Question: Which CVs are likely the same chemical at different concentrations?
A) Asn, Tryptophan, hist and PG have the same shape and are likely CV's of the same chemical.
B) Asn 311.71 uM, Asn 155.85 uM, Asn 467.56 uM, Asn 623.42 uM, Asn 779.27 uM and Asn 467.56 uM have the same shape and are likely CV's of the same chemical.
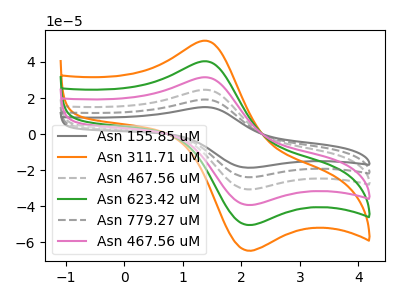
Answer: <think>The gray curve "Asn 155.85 uM" has an anodic peak at (1.35V, 202.10uA) and a cathodic peak at (2.05V, -250.60uA). The orange curve "Asn 311.71 uM" has an anodic peak at (1.35V, 51.85uA) and a cathodic peak at (2.05V, -64.25uA). The gray dashed curve "Asn 467.56 uM" has an anodic peak at (1.35V, 121.25uA) and a cathodic peak at (2.05V, -150.35uA). The green curve "Asn 623.42 uM" has an anodic peak at (1.35V, 40.40uA) and a cathodic peak at (2.05V, -50.10uA). The gray dashed curve "Asn 779.27 uM" has an anodic peak at (1.35V, 161.70uA) and a cathodic peak at (2.05V, -200.45uA). The pink curve "Asn 467.56 uM" has an anodic peak at (1.35V, 80.85uA) and a cathodic peak at (2.05V, -100.25uA).
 All the peaks in "Asn 155.85 uM" have a peak in "Asn 311.71 uM" at the same potential. Every peak in "Asn 155.85 uM" is higher than every peak in "Asn 311.71 uM". All the peaks in "Asn 155.85 uM" have a peak in "Asn 467.56 uM" at the same potential. Every peak in "Asn 155.85 uM" is higher than every peak in "Asn 467.56 uM". All the peaks in "Asn 155.85 uM" have a peak in "Asn 623.42 uM" at the same potential. Every peak in "Asn 155.85 uM" is higher than every peak in "Asn 623.42 uM". All the peaks in "Asn 155.85 uM" have a peak in "Asn 779.27 uM" at the same potential. Every peak in "Asn 155.85 uM" is higher than every peak in "Asn 779.27 uM". All the peaks in "Asn 155.85 uM" have a peak in "Asn 467.56 uM" at the same potential. Every peak in "Asn 155.85 uM" is higher than every peak in "Asn 467.56 uM". All the peaks in "Asn 311.71 uM" have a peak in "Asn 467.56 uM" at the same potential. Every peak in "Asn 311.71 uM" is lower than every peak in "Asn 467.56 uM". All the peaks in "Asn 311.71 uM" have a peak in "Asn 623.42 uM" at the same potential. Every peak in "Asn 311.71 uM" is higher than every peak in "Asn 623.42 uM". All the peaks in "Asn 311.71 uM" have a peak in "Asn 779.27 uM" at the same potential. Every peak in "Asn 311.71 uM" is lower than every peak in "Asn 779.27 uM". All the peaks in "Asn 311.71 uM" have a peak in "Asn 467.56 uM" at the same potential. Every peak in "Asn 311.71 uM" is lower than every peak in "Asn 467.56 uM". All the peaks in "Asn 467.56 uM" have a peak in "Asn 623.42 uM" at the same potential. Every peak in "Asn 467.56 uM" is higher than every peak in "Asn 623.42 uM". All the peaks in "Asn 467.56 uM" have a peak in "Asn 779.27 uM" at the same potential. Every peak in "Asn 467.56 uM" is lower than every peak in "Asn 779.27 uM". All the peaks in "Asn 467.56 uM" have a peak in "Asn 467.56 uM" at the same potential. Every peak in "Asn 467.56 uM" is higher than every peak in "Asn 467.56 uM". All the peaks in "Asn 623.42 uM" have a peak in "Asn 779.27 uM" at the same potential. Every peak in "Asn 623.42 uM" is lower than every peak in "Asn 779.27 uM". All the peaks in "Asn 623.42 uM" have a peak in "Asn 467.56 uM" at the same potential. Every peak in "Asn 623.42 uM" is lower than every peak in "Asn 467.56 uM". All the peaks in "Asn 779.27 uM" have a peak in "Asn 467.56 uM" at the same potential. Every peak in "Asn 779.27 uM" is higher than every peak in "Asn 467.56 uM".</think>
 <answer>B) "Asn 311.71 uM", "Asn 155.85 uM", "Asn 467.56 uM", "Asn 623.42 uM", "Asn 779.27 uM" and "Asn 467.56 uM" have the same shape and are likely CV's of the same chemical.</answer>
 <eval>B</eval>